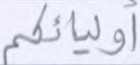
أوليائكم